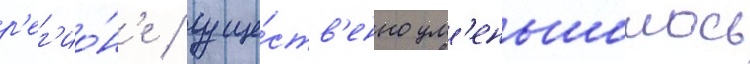
р'ег'ио́н'е / суще́ств'енно ум'еньшилось